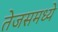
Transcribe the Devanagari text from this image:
तेजसमध्ये